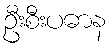
ဦးစီးပဓာန